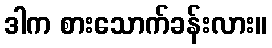
ဒါက စားသောက်ခန်းလား။